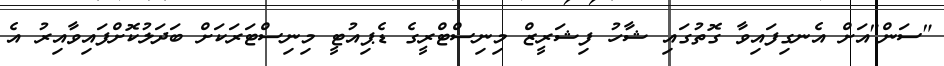
"ސަން"އަށް އެނގިފައިވާ ގޮތުގައި ޝާހު ފިޝަރީޒް މިނިސްޓްރީގެ ޑެޕިއުޓީ މިނިސްޓަރަކަށް ބަދަލުކޮށްފައިވާއިރު އެ